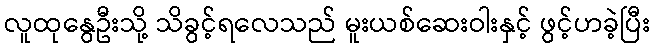
လူထုနွေဦးသို့ သိခွင့်ရလေသည် မူးယစ်ဆေးဝါးနှင့် ဖွင့်ဟခဲ့ပြီး